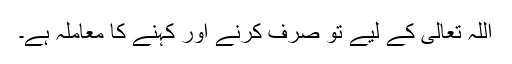
اللہ تعالیٰ کے لیے تو صرف کرنے اور کہنے کا معاملہ ہے۔